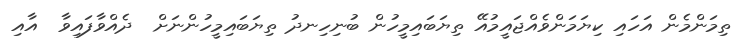
ތިމަންމެން އަހައި ކިޔަމަންވެއްޖައީމުއޭ ތިޔަބައިމީހުން ބުނިހިނދު ތިޔަބައިމީހުންނަށް  ދެއްވާފައިވާ  އާއި